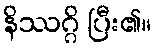
နိဿဂ္ဂိ ပြီး၏။